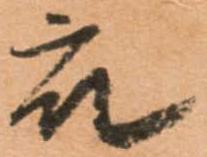
衆